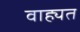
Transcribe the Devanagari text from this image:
वाह्यत